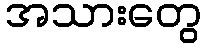
အသားတွေ